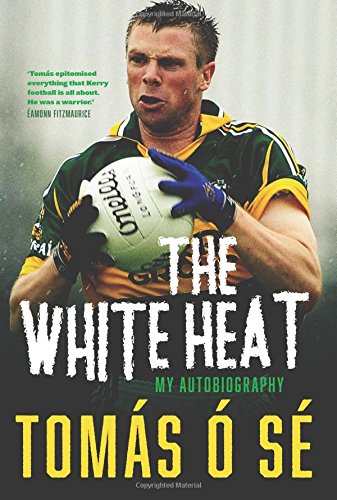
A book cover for The White Heat: My Autobiography; Tomas O'Se; Business & Money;